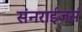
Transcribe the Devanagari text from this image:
संनराईजर्स